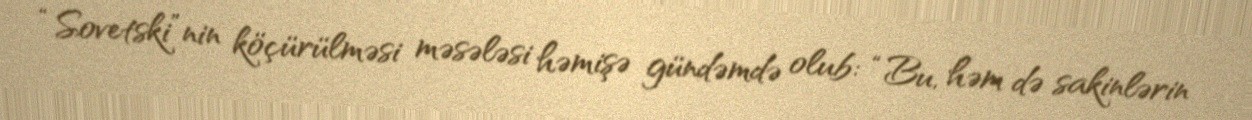
“Sovetski”nin köçürülməsi məsələsi həmişə gündəmdə olub: “Bu, həm də sakinlərin